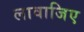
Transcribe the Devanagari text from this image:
लावाजिए